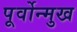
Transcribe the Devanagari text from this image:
पूर्वोन्मुख